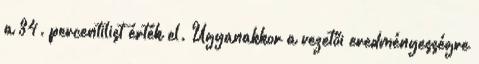
a 34. percentilist érték el. Ugyanakkor a vezetői eredményességre